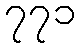
၇၇၁